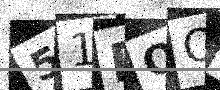
Text: 51DOO4